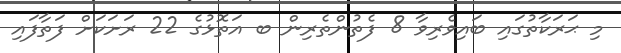
މި ޙަރަކާތުގައި ބައިވެރިވާ 8 ފެތުންތެރިން ބ އަތޮޅުގެ 22 ރަށަކަށް ފަތާފައި